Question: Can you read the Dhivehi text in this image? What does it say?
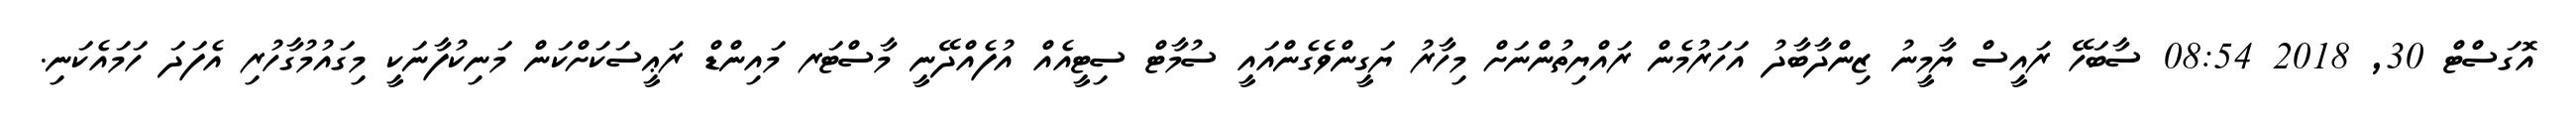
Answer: އޮގަސްޓް 30, 2018 08:54 ސާބަހޭ ރައީސް ޔާމީނު ޒިންދާބާދު އަހަރުމެން ރައްޔިތުންނަށް މިހާރު ޔަގީންވެގެންއައީ ސުމާޓް ސިޓީއެއް އުފެއްދޭނީ މާސްޓަރ މައިންޑް ރަޢީސަކަށްކަން މަނިކުފާނަކީ މިގައުމުގާހުރި އެފަދަ ހަމައެކަނި.